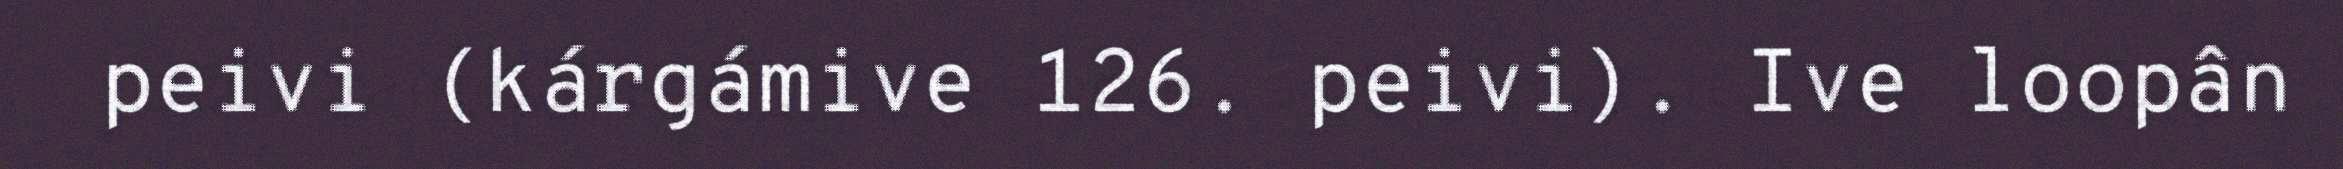
peivi (kárgámive 126. peivi). Ive loopân